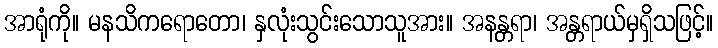
အာရုံကို။ မနသိကရောတော၊ နှလုံးသွင်းသောသူအား။ အနန္တရာ၊ အန္တရာယ်မှရှိသဖြင့်။